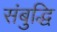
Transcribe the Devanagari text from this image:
संबुद्धि